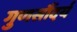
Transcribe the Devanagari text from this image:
गुणसौंदर्य